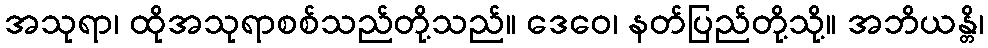
အသုရာ၊ ထိုအသုရာစစ်သည်တို့သည်။ ဒေဝေ၊ နတ်ပြည်တို့သို့။ အဘိယန္တိ၊